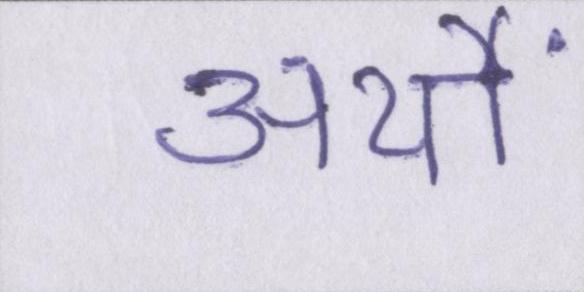
अर्थों